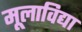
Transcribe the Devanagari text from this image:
मूलाविद्या